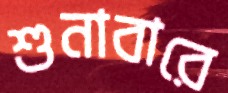
শুনাবারে